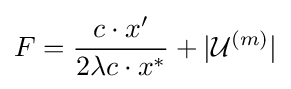
F={\frac {c\cdot x'}{2\lambda c\cdot x^{*}}}+|{\mathcal {U}}^{(m)}|